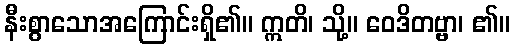
နီးစွာသောအကြောင်းရှိ၏။ ဣတိ၊ သို့။ ဝေဒိတဗ္ဗာ၊ ၏။